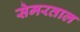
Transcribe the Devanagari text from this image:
सेमरताल